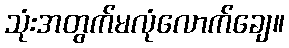
သုံးအတွက်မလုံလောက်ချေ။